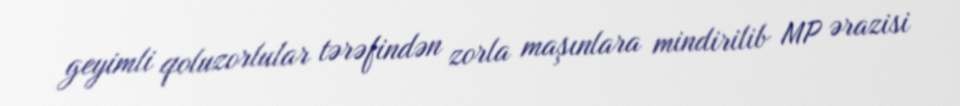
geyimli qoluzorlular tərəfindən zorla maşınlara mindirilib MP ərazisi